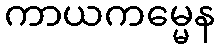
ကာယကမ္မေန